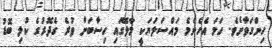
ހިންގަވާށެވެ. ހަމަ އެހެންމެ މައްސަލަޔަކީ މާލޭގައި ހިސާބަށް ވުރެ ގެދޮރުގެ ކުލި ބޮޑު